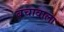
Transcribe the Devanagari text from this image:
बचावाला